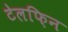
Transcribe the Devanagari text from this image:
टेलफ़िन